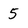
Character: 5